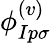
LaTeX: \phi_{Ip\sigma}^{(v)}